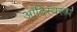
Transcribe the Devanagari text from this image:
आदिस्वरूप